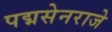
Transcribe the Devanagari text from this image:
पद्मसेनराजे